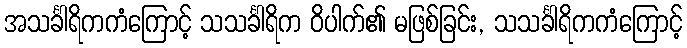
အသင်္ခါရိကကံကြောင့် သသင်္ခါရိက ဝိပါက်၏ မဖြစ်ခြင်း, သသင်္ခါရိကကံကြောင့်